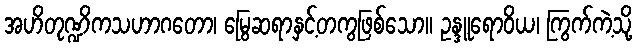
အဟိတုဏ္ဍိကသဟာဂတော၊ မြွေဆရာနှင့်တကွဖြစ်သော။ ဥန္ဒူရောဝိယ၊ ကြွက်ကဲ့သို့